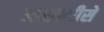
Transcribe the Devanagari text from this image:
आसानीसे